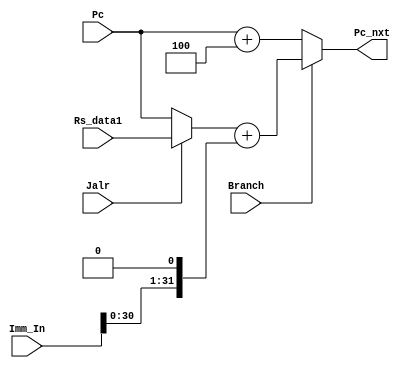
// PC control unit
module PC (Pc, Pc_nxt, Imm_In, Rs_data1, Branch, Jalr);

    input           Branch, Jalr;
    input [31:0]    Pc, Imm_In, Rs_data1;
    output [31:0]   Pc_nxt;

    wire [31:0]     imm;

    assign imm = Imm_In << 1;
    assign Pc_nxt = Branch?((Jalr?Rs_data1:Pc)+imm):(Pc+4);

endmodule

module PC_AND(Branch, Zero, Is_Branch);
    input Branch;
    input Zero;
    output Is_Branch;

    assign Is_Branch = Branch & Zero;

endmodule // pc_and